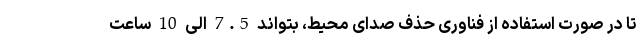
تا در صورت استفاده از فناوری حذف صدای محیط، بتواند 7.5 الی 10 ساعت